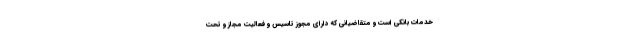
خدمات بانکی است و متقاضیانی که دارای مجوز تاسیس و فعالیت مجاز و تحت